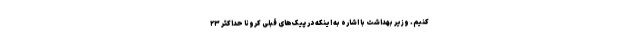
کنیم. وزیر بهداشت با اشاره به اینکه در پیک‌های قبلی کرونا حداکثر ۲۳